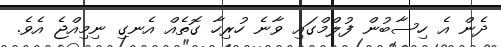
ދެން އެ ހިސާބުން ފުލްމްގައި ވާނެ ހުރިހާ ގޮތެއް އެނގި ނިމިއްޖެ އެވެ.